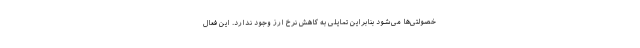
خصولتی‌ها می‌شود بنابراین تمایلی به کاهش نرخ ارز وجود ندارد. این فعال